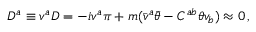
D ^ { a } \equiv v ^ { a } D = - i v ^ { a } \pi + m ( \bar { v } ^ { a } \bar { \theta } - C ^ { a b } \theta v _ { b } ) \approx 0 \, ,